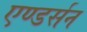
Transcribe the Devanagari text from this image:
एण्डर्सन